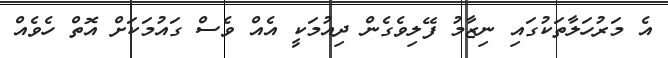
އެ މަރުހަލާތަކުގައި ނިޒާމު ފޭލިވެގެން ދިއުމަކީ އެއް ވެސް ގައުމަކަށް އޮތް ހެވެއް